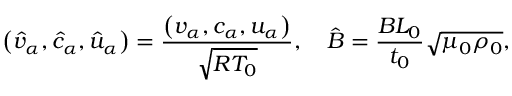
\left( { { { \hat { v } } _ { \alpha } } , { { \hat { c } } _ { \alpha } } , { { \hat { u } } _ { \alpha } } } \right) = \frac { { \left( { { v _ { \alpha } } , { c _ { \alpha } } , { u _ { \alpha } } } \right) } } { { { \sqrt { R { T _ { 0 } } } } } } , \quad \hat { B } = \frac { { B { L _ { 0 } } } } { { { t _ { 0 } } } } \sqrt { { \mu _ { 0 } } { \rho _ { 0 } } } ,